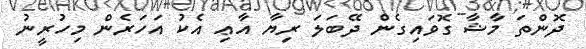
ދޮންތަ މާޝާ ގޮވައިގެން ދޭބަލަ ރިޔާ އާޢި އެކު އަހަރެން މިހުރީނު